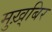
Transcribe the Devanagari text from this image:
मुख़्बिर